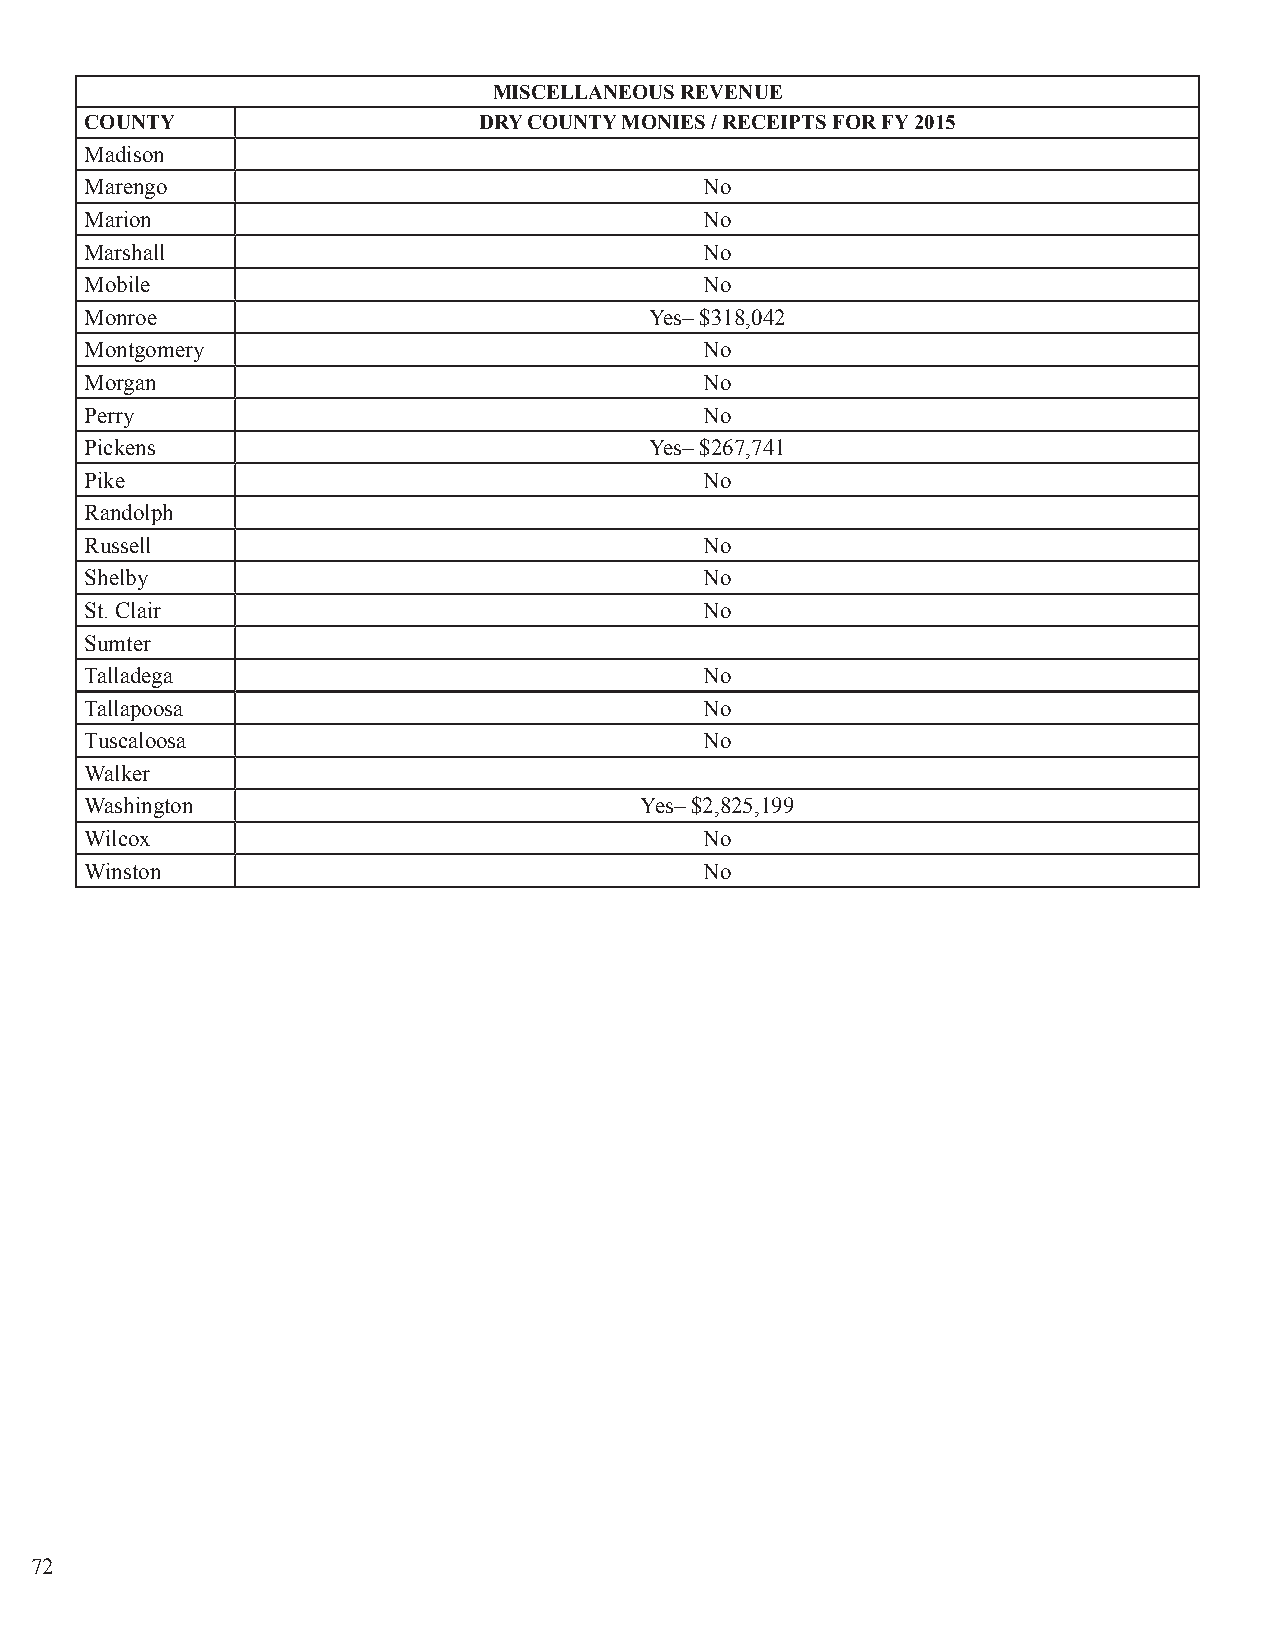
MISCELLANEOUS REVENUE
 COUNTY                    DRY COUNTY MONIES / RECEIPTS FOR FY 2015
 Madison
 Marengo                                  No
 Marion                                   No
 Marshall                                 No
 Mobile                                   No
 Monroe                               Yes– $318,042
 Montgomery                               No
 Morgan                                   No
 Perry                                    No
 Pickens                              Yes– $267,741
 Pike                                     No
 Randolph
 Russell                                  No
 Shelby                                   No
 St. Clair                                No
 Sumter
 Talladega                                No
 Tallapoosa                               No
 Tuscaloosa                               No
 Walker
 Washington                          Yes– $2,825,199
 Wilcox                                   No
 Winston                                  No
 72